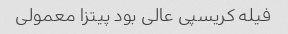
فیله کریسپی عالی بود پیتزا معمولی